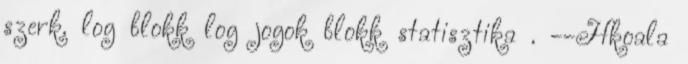
szerk. log blokk log jogok blokk statisztika . --Hkoala